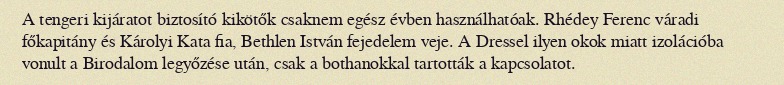
A tengeri kijáratot biztosító kikötők csaknem egész évben használhatóak. Rhédey Ferenc váradi főkapitány és Károlyi Kata fia, Bethlen István fejedelem veje. A Dressel ilyen okok miatt izolációba vonult a Birodalom legyőzése után, csak a bothanokkal tartották a kapcsolatot.